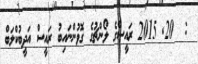
:  20